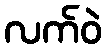
လက်ဝဲ